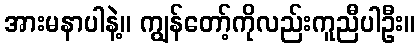
အားမနာပါနဲ့။ ကျွန်တော့်ကိုလည်းကူညီပါဦး။